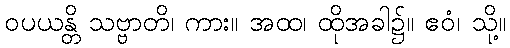
ဝပယန္တိ သဗ္ဗာတိ၊ ကား။ အထ၊ ထိုအခါ၌။ ဧဝံ၊ သို့။